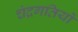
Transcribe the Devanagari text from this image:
चंद्रगतियों